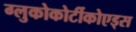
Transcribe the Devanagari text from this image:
ग्लुकोकोर्टीकोएड्स